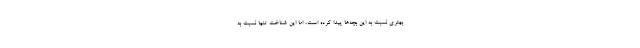
بهتری نسبت به این بچه‌ها پیدا کرده است، اما این شناخت تنها نسبت به